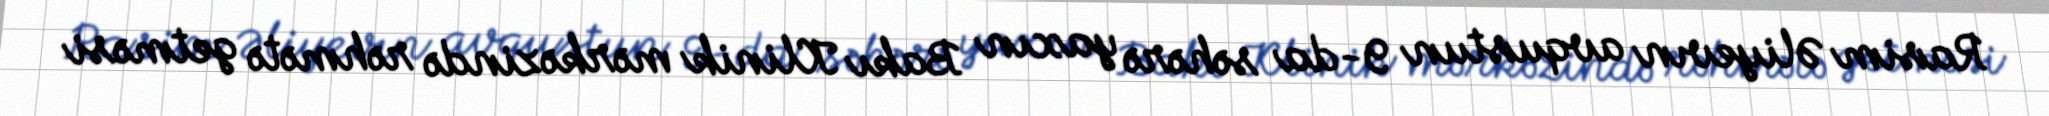
Rasim Əliyevın avqustun 9-da səhərə yaxın Bakı Klinik mərkəzində rəhmətə getməsi